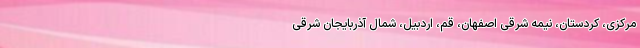
مرکزی، کردستان، نیمه شرقی اصفهان، قم، اردبیل، شمال آذربایجان شرقی